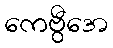
ကေဗွီအေ